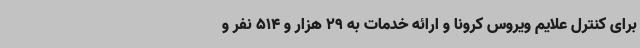
برای کنترل علایم ویروس کرونا و ارائه خدمات به 29 هزار و 514 نفر و